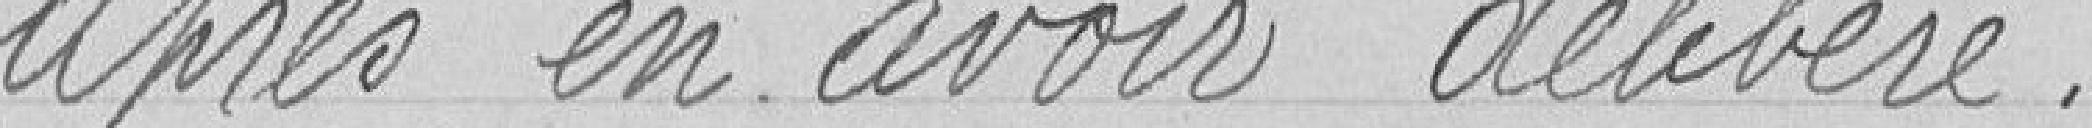
Après en avoir délibéré.